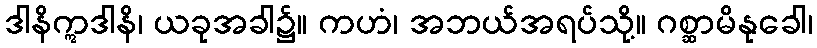
ဒါနိဣဒါနိ၊ ယခုအခါ၌။ ကဟံ၊ အဘယ်အရပ်သို့။ ဂစ္ဆာမိနုခေါ၊